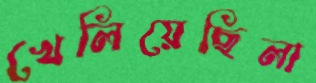
খেলিয়েছিলা